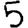
Digit: 5